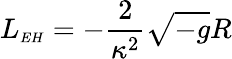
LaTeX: L_{{\scriptscriptstyle EH}}=-\frac{2}{\kappa^{2}}\sqrt{-g}R